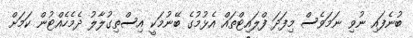
ބުނެފައި ނުވި ނަމަވެސް މިފަދަ ފްލައިޓްތައް އެޅުމުގެ ބޭނުމަކީ އިސްތިގުލާލު ދެމެހެއްޓުން ކަމަށް